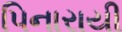
પિનારાયી